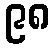
၉၈